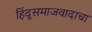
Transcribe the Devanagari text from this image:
हिंदूसमाजवादाचा